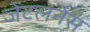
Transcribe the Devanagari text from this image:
जेंटलनेस